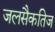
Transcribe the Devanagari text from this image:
जलसैकतिज